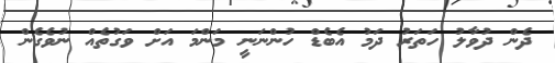
ދެން ދުވާލު ހަތަރު ދަމު އެބެޑް ހުންނަނީ މަންމަ އަށް ވަގުތެއް ނުވެގެން